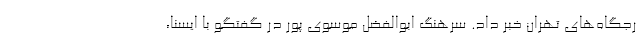
رجگاه‌های تهران خبر داد. سرهنگ ابوالفضل موسوی پور در گفتگو با ایسنا،